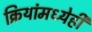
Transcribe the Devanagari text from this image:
क्रियांमध्येही